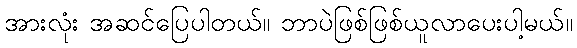
အားလုံး အဆင်ပြေပါတယ်။ ဘာပဲဖြစ်ဖြစ်ယူလာပေးပါ့မယ်။